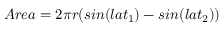
A r e a = 2 \pi r ( s i n ( l a t _ { 1 } ) - s i n ( l a t _ { 2 } ) )